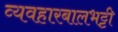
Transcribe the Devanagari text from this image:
व्यवहारबालभट्टी